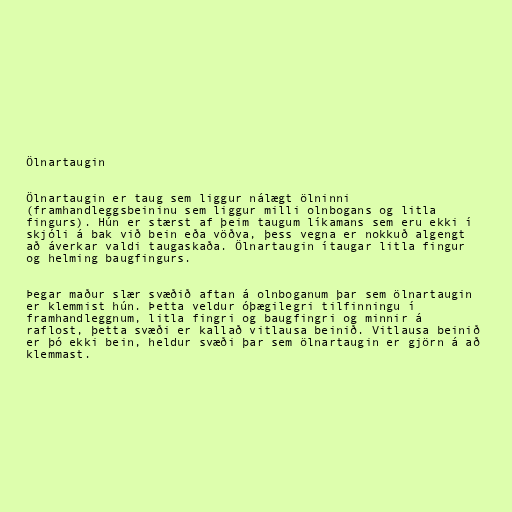
Ölnartaugin

Ölnartaugin er taug sem liggur nálægt ölninni
(framhandleggsbeininu sem liggur milli olnbogans og litla
fingurs). Hún er stærst af þeim taugum líkamans sem eru ekki í
skjóli á bak við bein eða vöðva, þess vegna er nokkuð algengt
að áverkar valdi taugaskaða. Ölnartaugin ítaugar litla fingur
og helming baugfingurs.

Þegar maður slær svæðið aftan á olnboganum þar sem ölnartaugin
er klemmist hún. Þetta veldur óþægilegri tilfinningu í
framhandleggnum, litla fingri og baugfingri og minnir á
raflost, þetta svæði er kallað vitlausa beinið. Vitlausa beinið
er þó ekki bein, heldur svæði þar sem ölnartaugin er gjörn á að
klemmast.